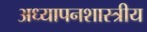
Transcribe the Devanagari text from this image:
अध्यापनशास्त्रीय